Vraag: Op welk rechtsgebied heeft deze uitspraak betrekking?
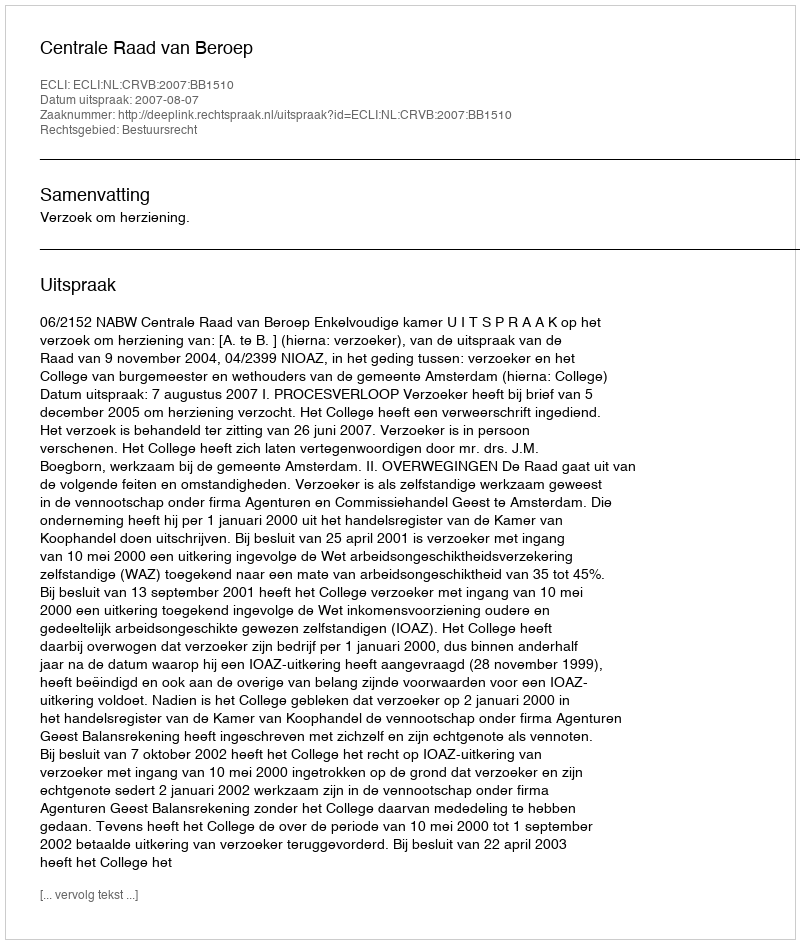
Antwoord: Bestuursrecht